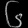
Digit: ၆